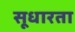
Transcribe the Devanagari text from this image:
सूधारता